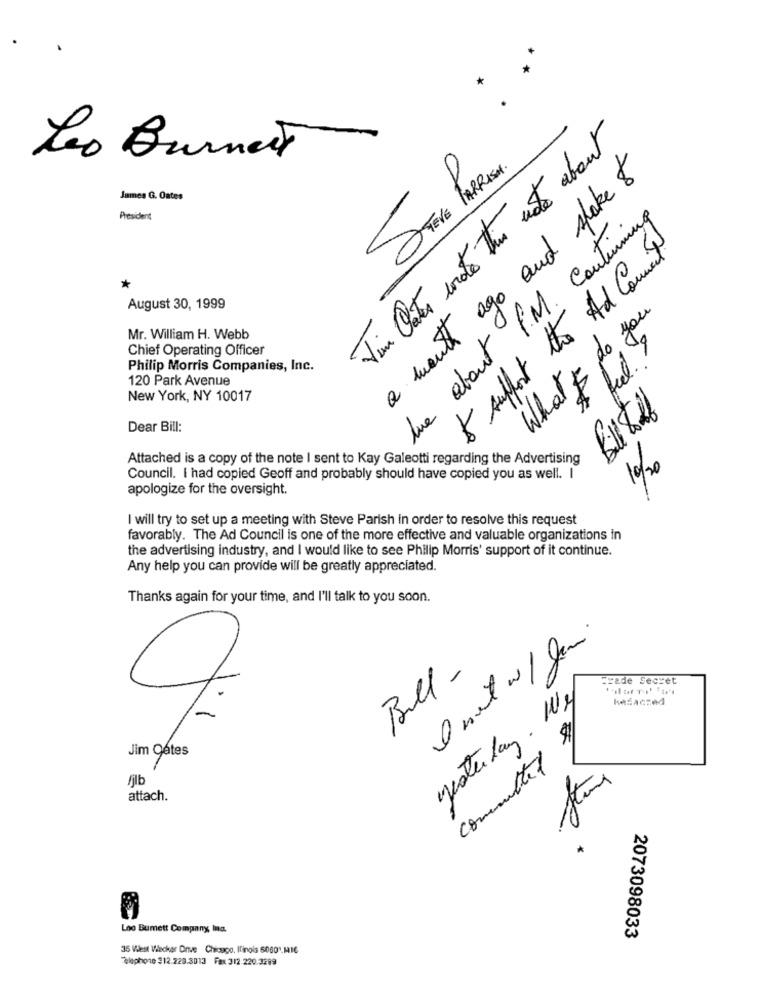
Vin Pâtes wrote the note about
Leo Burnett
a month ago and spake $
James G. Oates
President
lue about P. M. Continuing
& support the Ad Comment
*
August 30, 1999
What I do you
Mr. William H. Webb
Chief Operating Officer
feel.
Philip Morris Companies, Inc.
120 Park Avenue
New York, NY 10017
Dear Bill:
Attached is a copy of the note I sent to Kay Galeotti regarding the Advertising
10/20
Council. I had copied Geoff and probably should have copied you as well. I
apologize for the oversight.
I will try to set up a meeting with Steve Parish in order to resolve this request
favorably. The Ad Council is one of the more effective and valuable organizations in
the advertising industry, and I would like to see Philip Morris' support of it continue.
Any help you can provide will be greatly appreciated.
Thanks again for your time, and I'll talk to you soon.
Bull -
Frade Secret
$1
Jim Qétes
committed
fjlb
attach.
Loo Bumett Company Ina.
2073098033
35 Vilest Weckar Onve Chicago, Ilinois 60601.116
Telephone :12.220.3013 Fax 312.220.3299